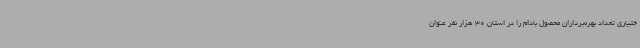
ختیاری تعداد بهره‌برداران محصول بادام را در استان 30 هزار نفر عنوان